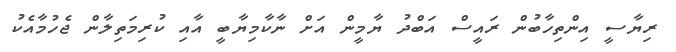
ރިޔާސީ އިންތިހާބުން ރައީސް އަބްދު ޔާމީން އަށް ނާކާމިޔާބީ އާއި ކުރިމަތިލާން ޖެހުމާއެކު